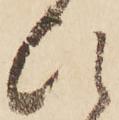
ひ